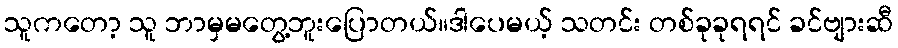
သူကတော့ သူ ဘာမှမတွေ့ဘူးပြောတယ်။ဒါပေမယ့် သတင်း တစ်ခုခုရရင် ခင်ဗျားဆီ